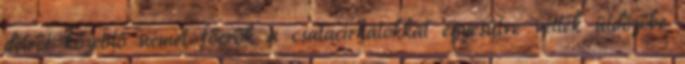
délről közelítő német főerők a csatacirkálókkal egyesülve vették üldözőbe